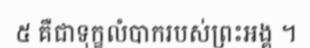
៥ គឺជាទុក្ខលំបាករបស់ព្រះអង្គ ។